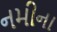
નમીના